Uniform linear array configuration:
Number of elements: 64
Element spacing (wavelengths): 1
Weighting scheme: cosine
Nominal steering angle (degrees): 30
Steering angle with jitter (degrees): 30.306
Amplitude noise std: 0.05
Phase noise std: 0.05

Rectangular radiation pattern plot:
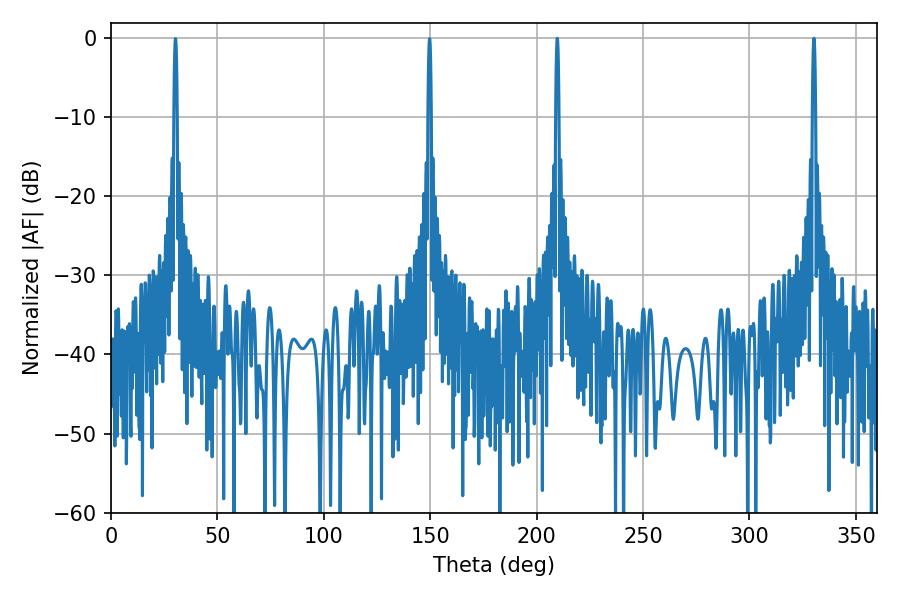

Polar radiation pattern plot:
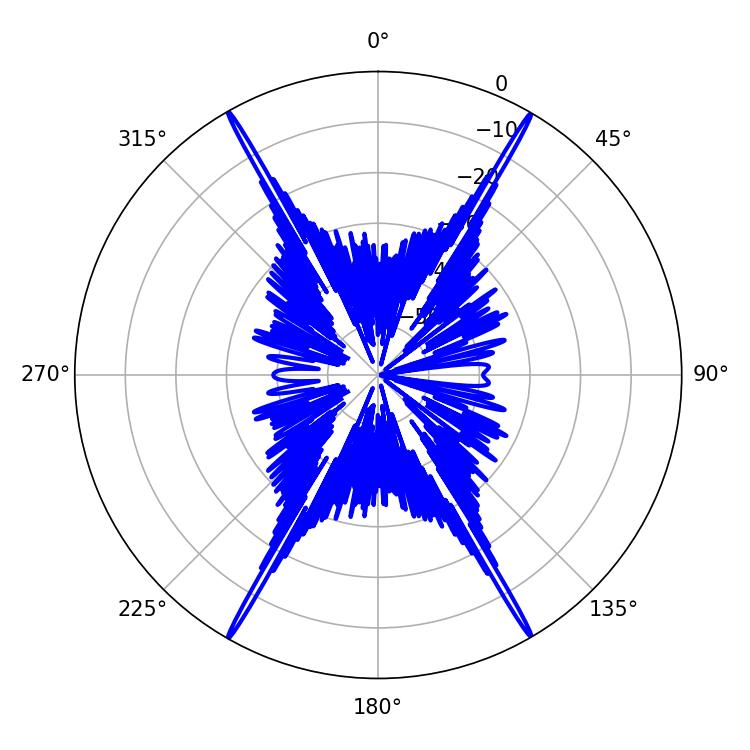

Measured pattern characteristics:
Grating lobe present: TRUE
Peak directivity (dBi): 36.361
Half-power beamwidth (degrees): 0.72
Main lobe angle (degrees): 209.7